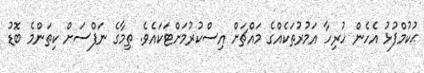
ޙުކުމްފުޅު އެހެން ހުރިހާ އަމުރުތަކެއްގެ މައްޗަށް އިސްކުރުމަށްޓަކައެވެ. ތިމާގެ ނަފްސަށް ކިތަންމެ ބޮޑު